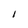
Character: 1